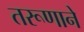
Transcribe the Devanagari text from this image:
तरूणाने